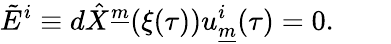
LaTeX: \tilde{E}^{i}\equiv d\hat{X}^{\underline{{{m}}}}(\xi(\tau))u_{\underline{{{m}}}}^{i}(\tau)=0.\qquad